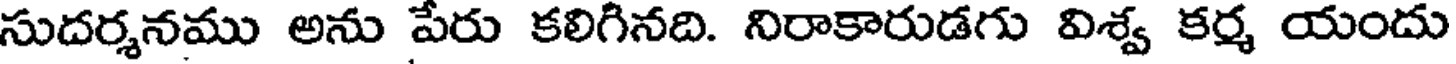
సుదర్శనము అను పేరు కలిగినది. నిరాకారుడగు విశ్వ కర్మ యందు